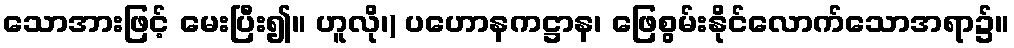
သောအားဖြင့် မေးပြီး၍။ ဟူလို၊) ပဟောနကဋ္ဌာန၊ ဖြေစွမ်းနိုင်လောက်သောအရာ၌။